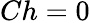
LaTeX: Ch=0